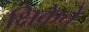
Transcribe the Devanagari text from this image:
क्षिकेचे